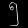
Digit: ၅